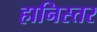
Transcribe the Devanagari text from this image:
हानिस्तर